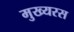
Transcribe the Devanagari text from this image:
मुख्यरस